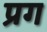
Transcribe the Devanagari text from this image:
प्रग